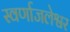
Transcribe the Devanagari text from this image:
स्वर्णाजलेश्वर